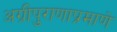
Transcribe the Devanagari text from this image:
अग्रीपुराणाप्रमाणे